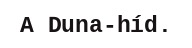
A Duna-híd.